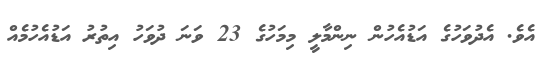
އެވެ. އެދުވަހުގެ އަޑުއެހުން ނިންމާލީ މިމަހުގެ 23 ވަނަ ދުވަހު އިތުރު އަޑުއެހުމެއް